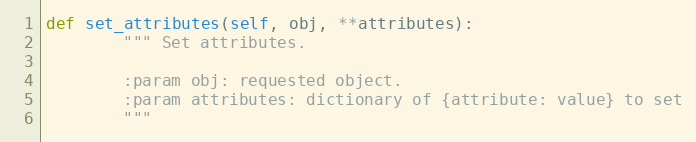
Language: Python
def set_attributes(self, obj, **attributes):
        """ Set attributes.

        :param obj: requested object.
        :param attributes: dictionary of {attribute: value} to set
        """